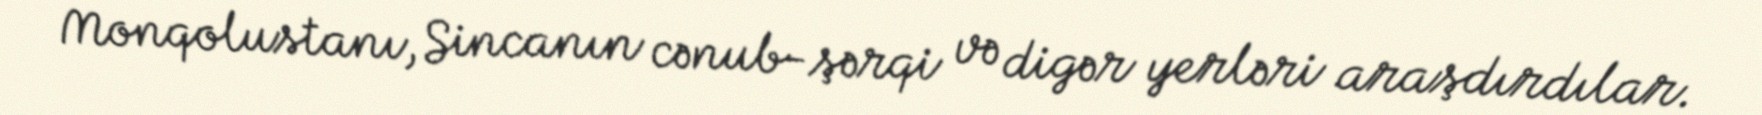
Monqolustanı, Sincanın cənub-şərqi və digər yerləri araşdırdılar.